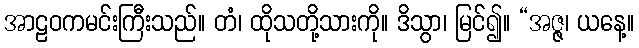
အာဠဝကမင်းကြီးသည်။ တံ၊ ထိုသတို့သားကို။ ဒိသွာ၊ မြင်၍။ “အဇ္ဇ၊ ယနေ့။